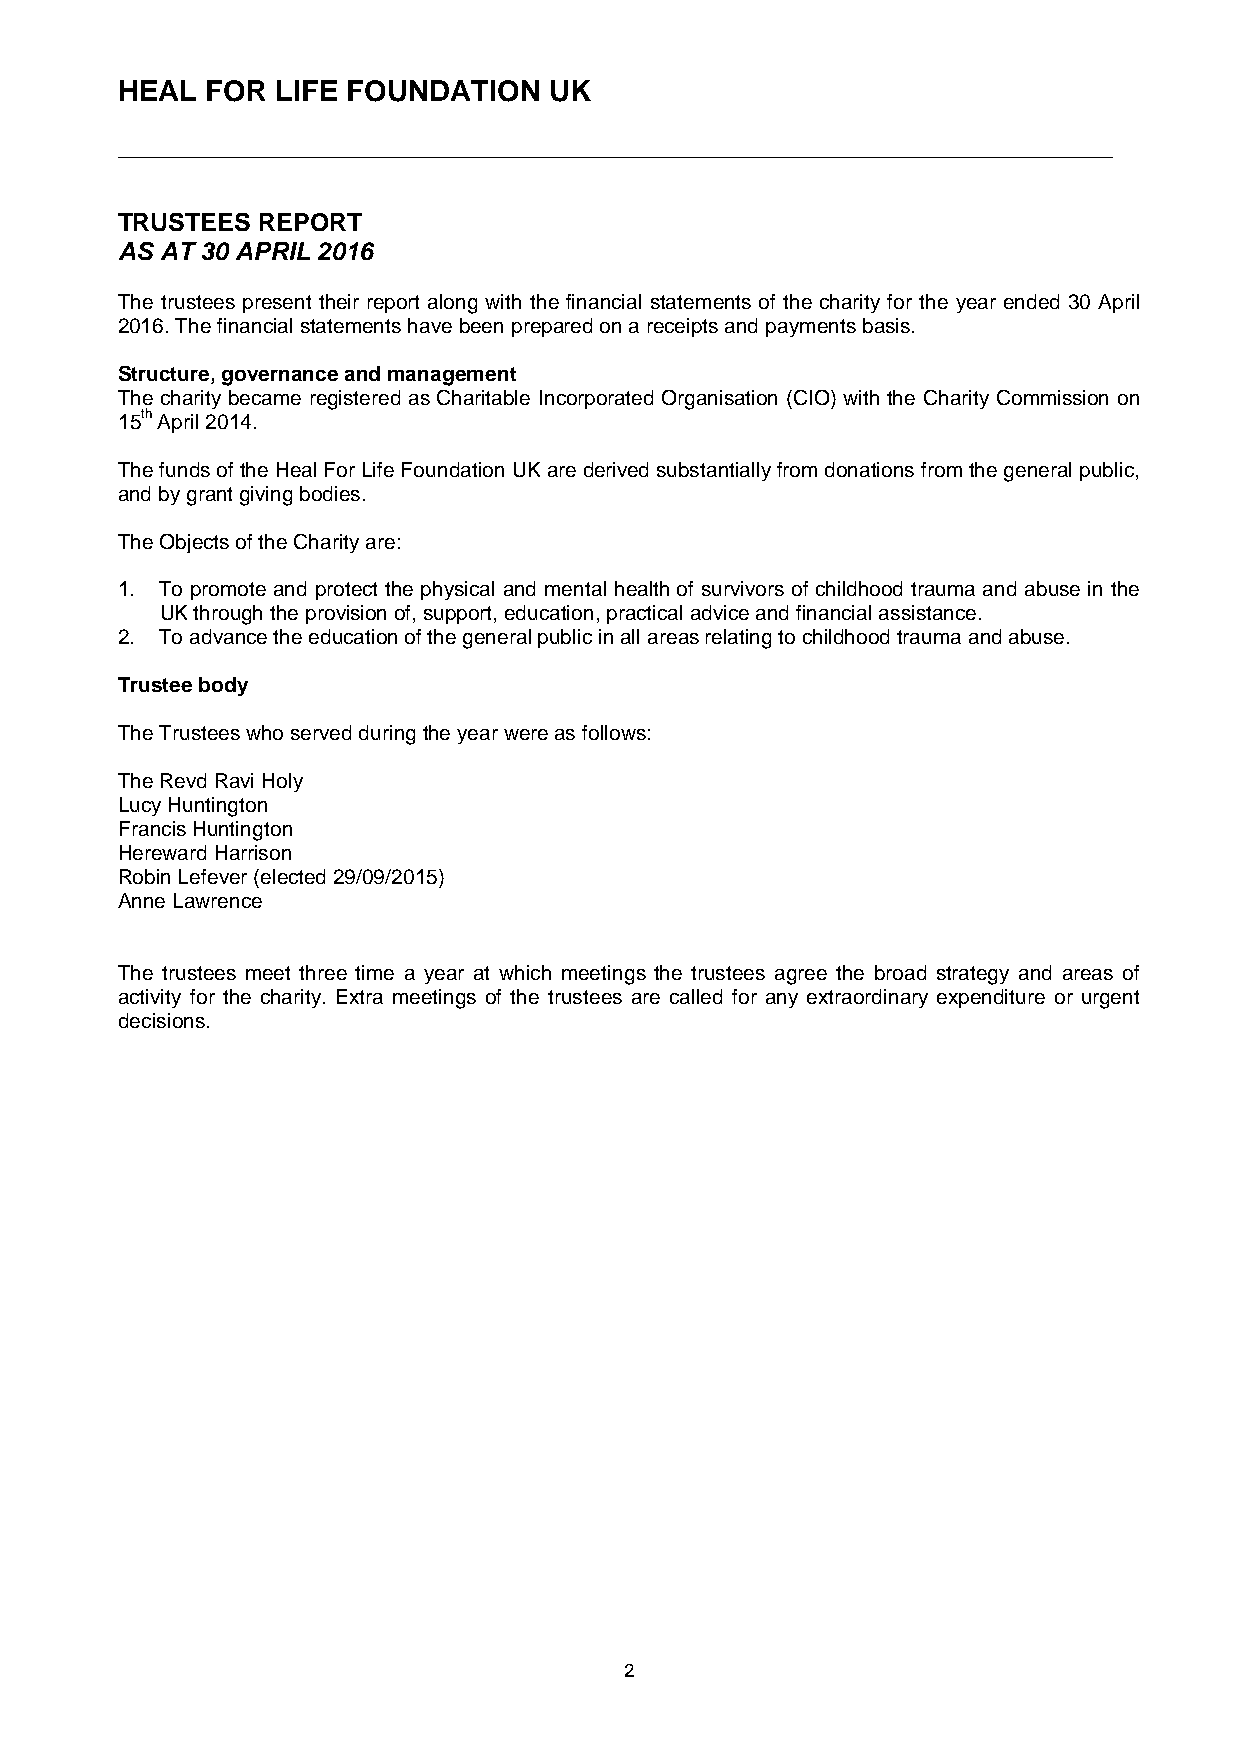
HEAL  FOR LIFE FOUNDATION   UK
 ______________________________________________________________________________
 TRUSTEES REPORT
 AS AT 30 APRIL 2016
 The trustees present their report along with the financial statements of the charity for the year ended 30 April
 2016. The financial statements have been prepared on a receipts and payments basis.
 Structure, governance and management
 The charity became registered as Charitable Incorporated Organisation (CIO) with the Charity Commission on
 15th April 2014.
 The funds of the Heal For Life Foundation UK are derived substantially from donations from the general public,
 and by grant giving bodies.
 The Objects of the Charity are:
 1. To promote and protect the physical and mental health of survivors of childhood trauma and abuse in the
 UK through the provision of, support, education, practical advice and financial assistance.
 2. To advance the education of the general public in all areas relating to childhood trauma and abuse.
 Trustee body
 The Trustees who served during the year were as follows:
 The Revd Ravi Holy
 Lucy Huntington
 Francis Huntington
 Hereward Harrison
 Robin Lefever (elected 29/09/2015)
 Anne Lawrence
 The trustees meet three time a year at which meetings the trustees agree the broad strategy and areas of
 activity for the charity. Extra meetings of the trustees are called for any extraordinary expenditure or urgent
 decisions.
 2